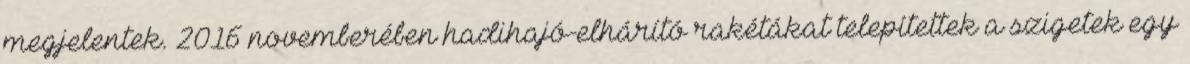
megjelentek. 2016 novemberében hadihajó-elhárító rakétákat telepítettek a szigetek egy